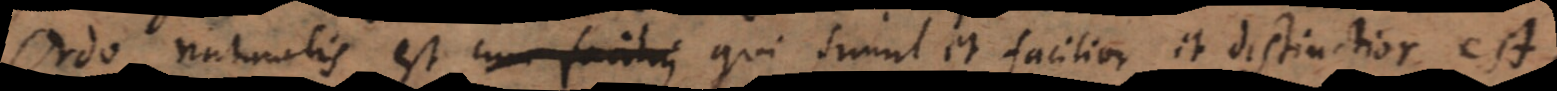
Ordo naturalis est cum facilius qui simul et facilior et distinctior est,